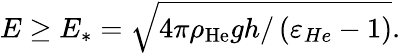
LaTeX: E\geq E_{\ast}=\sqrt{4\pi\rho_{\mathrm{He}}gh/\left(\varepsilon_{He}-1\right)}.